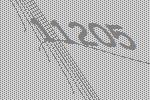
11205